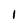
Character: 1